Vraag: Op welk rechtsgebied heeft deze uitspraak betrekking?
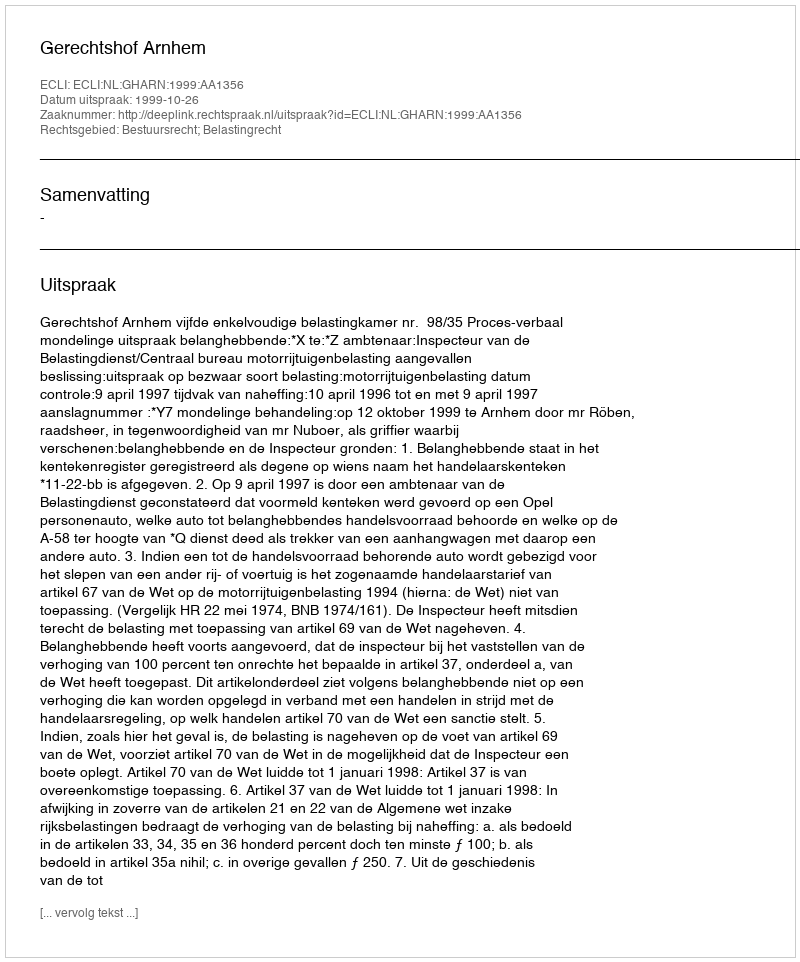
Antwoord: Bestuursrecht; Belastingrecht